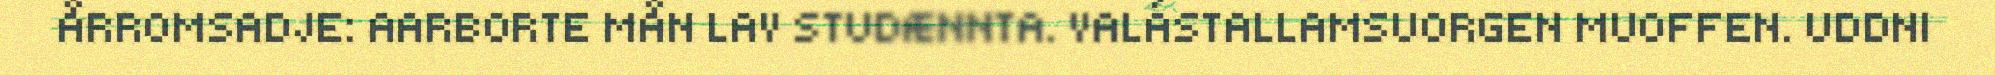
ÅRROMSADJE: AARBORTE MÅN LAV STUDÆNNTA. VALÁSTALLAMSUORGEN MUOFFEN. UDDNI